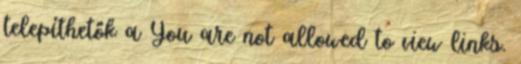
telepíthetők a You are not allowed to view links.